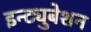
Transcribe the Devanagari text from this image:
इन्ट्युबेशन